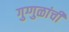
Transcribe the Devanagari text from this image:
गुग्गुळांची